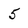
Character: 5